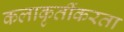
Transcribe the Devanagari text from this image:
कलाकृतींकरता